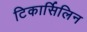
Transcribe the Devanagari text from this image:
टिकार्सिलिन